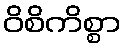
ဝိစိကိစ္စာ